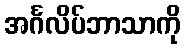
အင်္ဂလိပ်ဘာသာကို